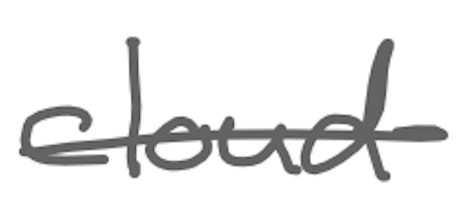
Text: cloud
Cross-out: single-line
Writing tool: digital_gray